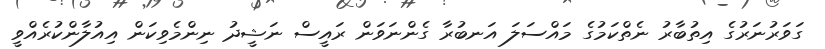
ގަވަރުނަރުގެ އިތުބާރު ނެތްކަމުގެ މައްސަލަ އަނބުރާ ގެންނަވަން ރައީސް ނަޝީދު ނިންމެވިކަން އިއުލާންކުރެއްވީ